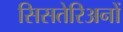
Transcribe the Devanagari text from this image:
सिसतेरिअनों